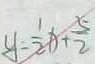
y = \frac { 1 } { 2 } x + \frac { 5 } { 2 }